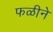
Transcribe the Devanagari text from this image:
फळीने